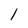
Character: l